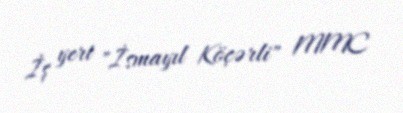
İş yeri "İsmayıl Köçərli" MMC